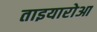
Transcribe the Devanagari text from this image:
ताइयारोआ